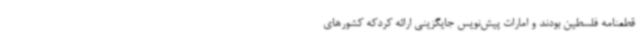
قطعنامه فلسطین بودند و امارات پیش‌نویس جایگزینی ارائه کردکه کشورهای